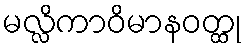
မလ္လိကာဝိမာနဝတ္ထု